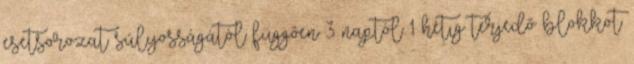
esetsorozat súlyosságától függően 3 naptól 1 hétig terjedő blokkot